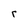
Character: r